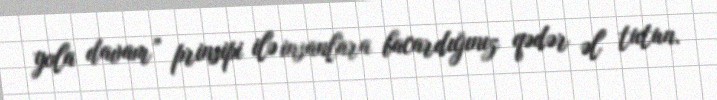
yola davam” prinsipi ilə insanlara bacardığınız qədər əl tutun.